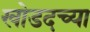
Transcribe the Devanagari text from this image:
खोडदच्या